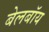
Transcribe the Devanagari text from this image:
बेलबॉय